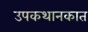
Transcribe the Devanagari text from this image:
उपकथानकात